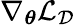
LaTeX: \nabla_{\boldsymbol{\theta}}\mathcal{L}_{\mathcal{D}}